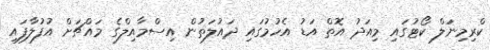
ކްރިމިނަލް ކޯޓުގައި މިއަދު އޮތް އަޑު އެހުމުގައި ދައުލަތުން އިސްމާއިލްގެ މައްޗަށް އުފުލާފައި